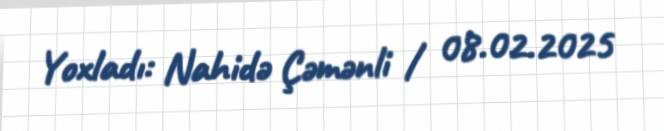
Yoxladı: Nahidə Çəmənli / 08.02.2025